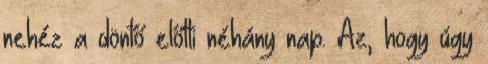
nehéz a döntő előtti néhány nap. Az, hogy úgy